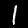
Label: 1